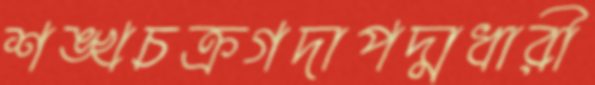
শঙ্খচক্রগদাপদ্মধারী